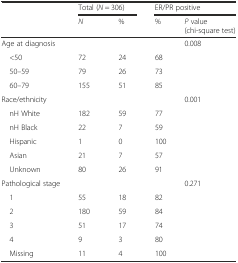
|  | <COLSPAN=2> Total (N = 306) | <COLSPAN=2> ER/PR positive |
 |  | N | % | % | P value (chi-square test) |
 | --- | --- | --- | --- | --- |
 | Age at diagnosis |  |  |  | 0.008 |
 | <50 | 72 | 24 | 68 |  |
 | 50–59 | 79 | 26 | 73 |  |
 | 60–79 | 155 | 51 | 85 |  |
 | Race/ethnicity |  |  |  | 0.001 |
 | nH White | 182 | 59 | 77 |  |
 | nH Black | 22 | 7 | 59 |  |
 | Hispanic | 1 | 0 | 100 |  |
 | Asian | 21 | 7 | 57 |  |
 | Unknown | 80 | 26 | 91 |  |
 | Pathological stage |  |  |  | 0.271 |
 | 1 | 55 | 18 | 82 |  |
 | 2 | 180 | 59 | 84 |  |
 | 3 | 51 | 17 | 74 |  |
 | 4 | 9 | 3 | 80 |  |
 | Missing | 11 | 4 | 100 |  |